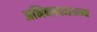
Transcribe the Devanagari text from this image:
अभिनन्दनग्रन्थ